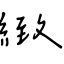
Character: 緻